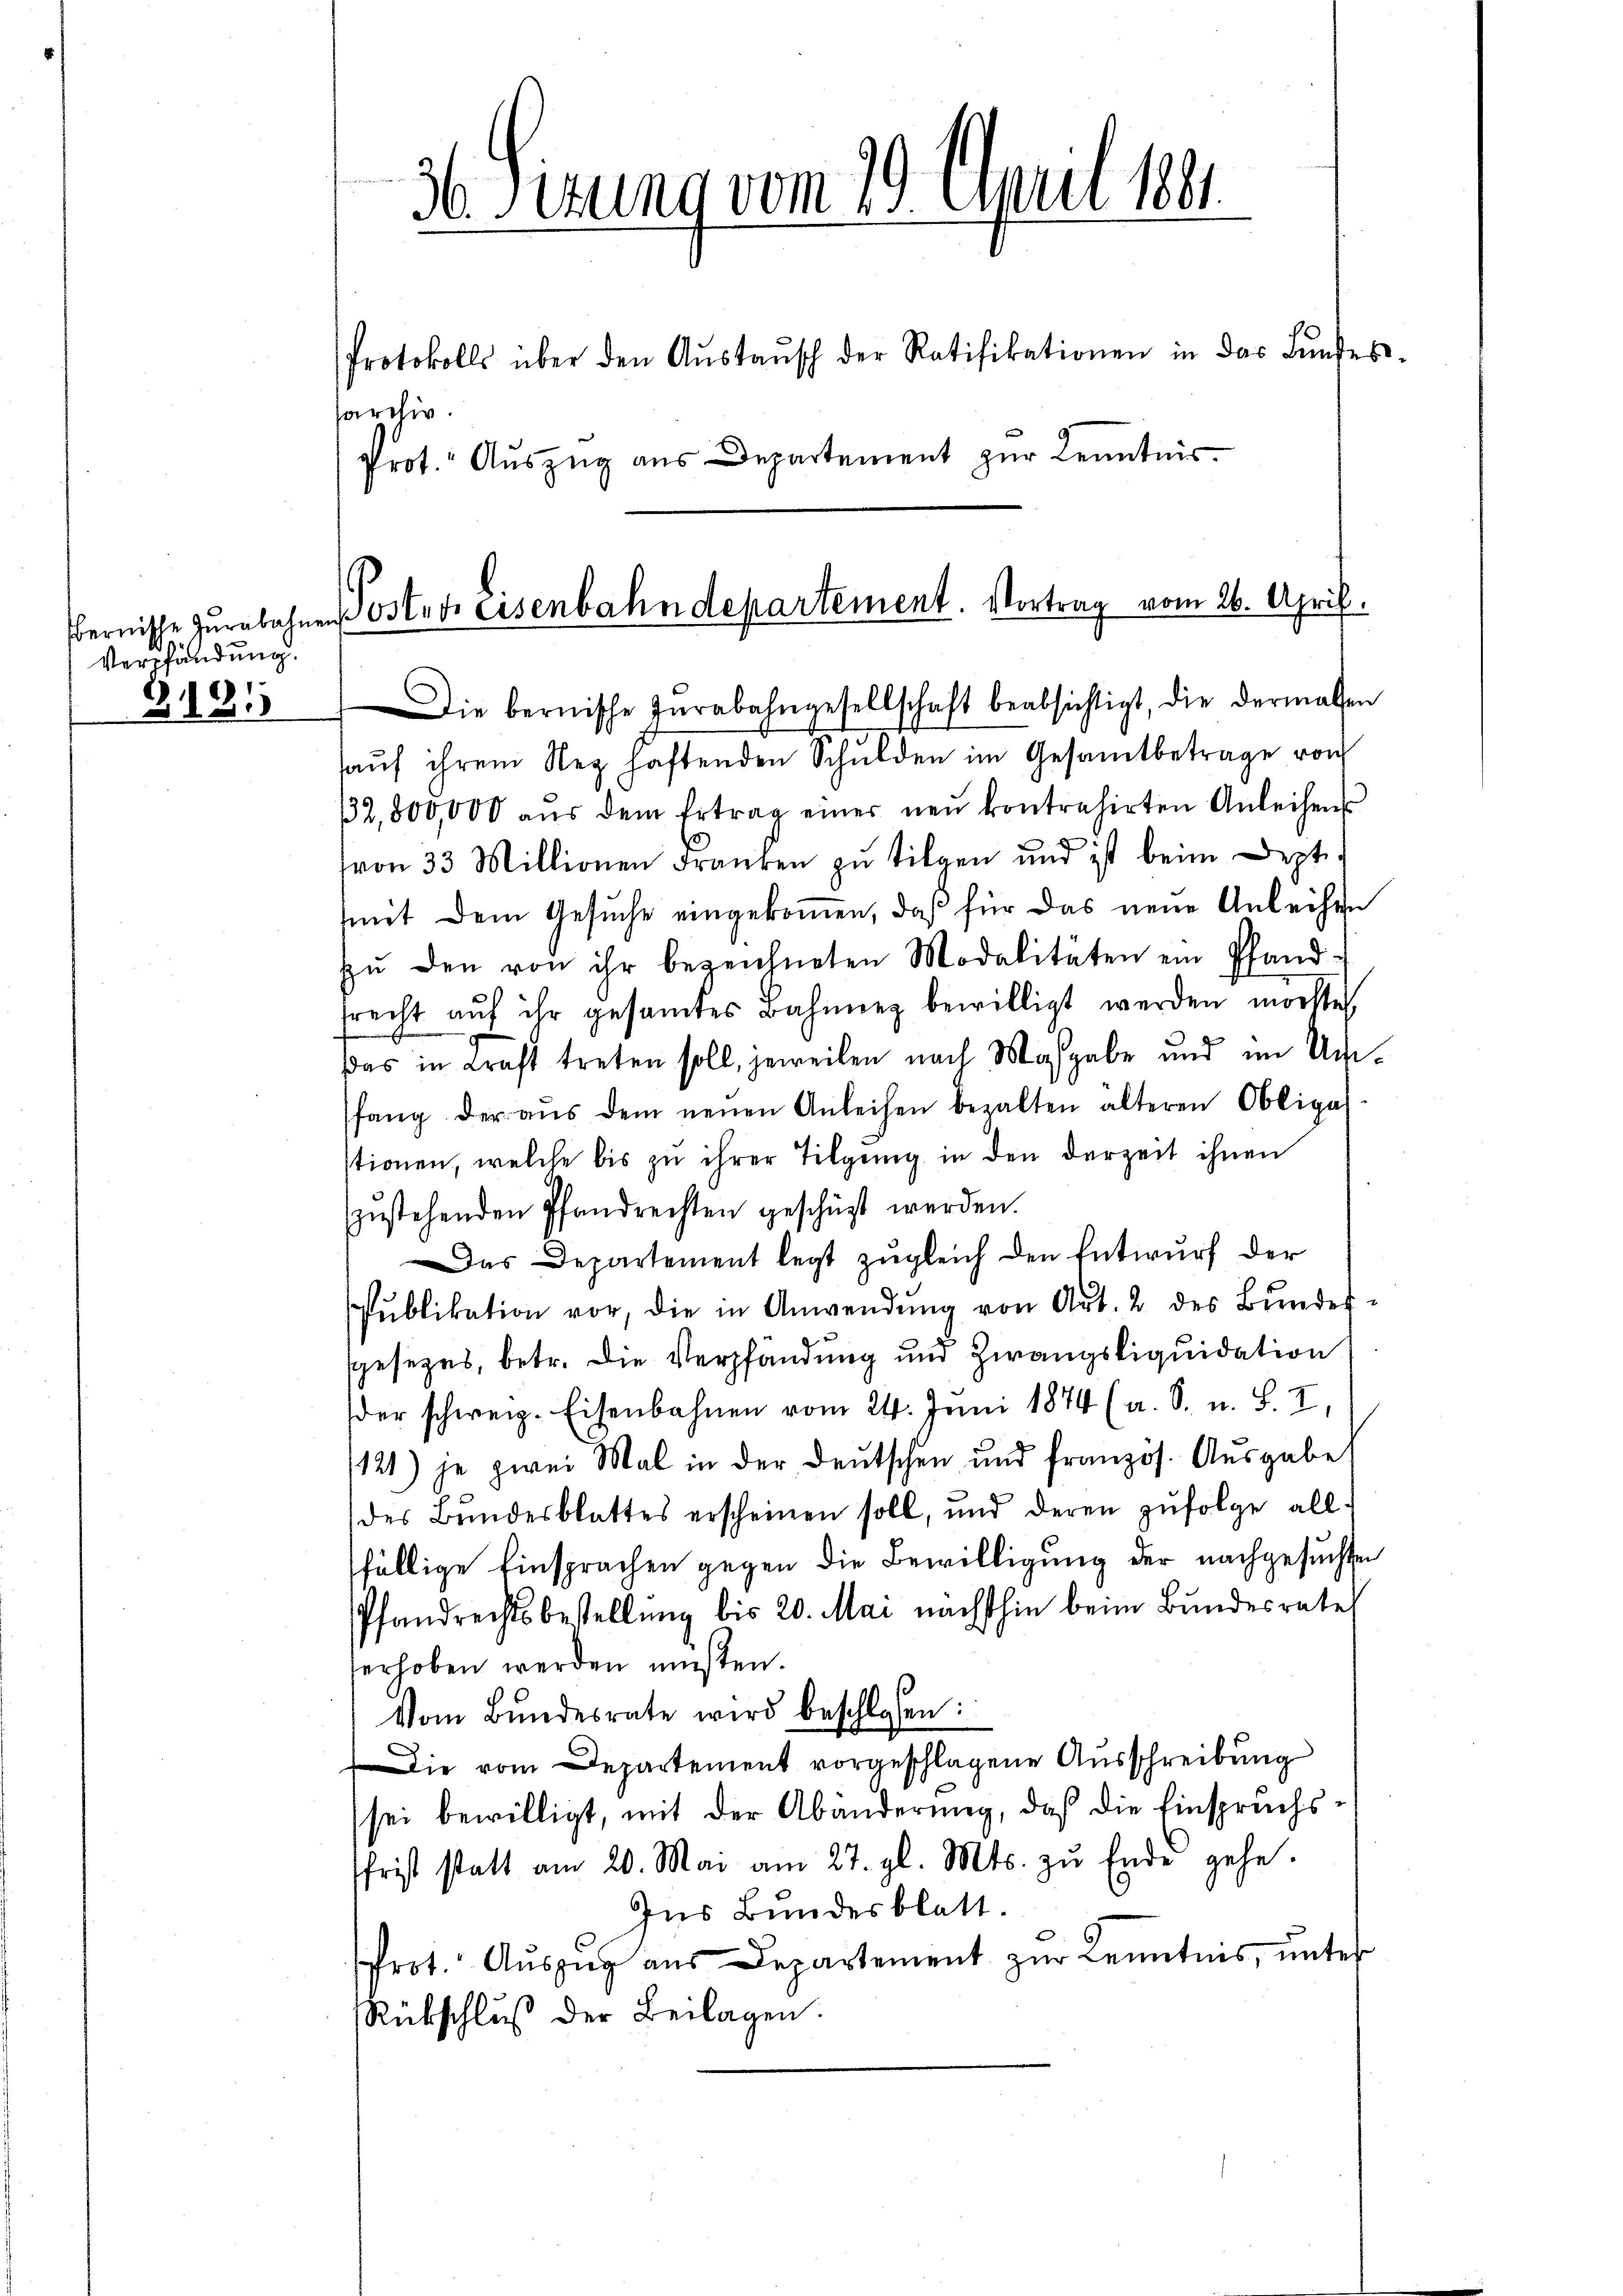
bernische Jurabahne
Verpfändung.
B 181

sarchiv
Prot. Auszug aus Departement zur Kenntnis

36 Sizung vom 29. April 184.

Protokolls über den Aŭstaŭsch der Ratifikationen in das Lŭnfes-

Poster Eisenbahndepartement. Vortrag vom 26. April.

aŭf ihrem Steg haftenden Schulden im Gesamtbetrage von
/32,800,000 aŭs dem Ertrag einer neu kontrahirten Anleihen
von 33 Millionen Franken zu tilgen und ist beim Deptimit dem Gesŭche eingekoṁen, daß für das neue Anleihen
zŭ den von ihr bezeichneten Modalitäten ein Pfand-
srecht aŭf ihr gesamtes Bahnung bewilligt werden möchte,
Das in Kraft treten soll, jeweilen nach Maßgabe und im Umfang der aŭs dem neuen Anleihen bezalten älteren Obligat
stionen, welche bis zu ihrer Tilgung in den derzeit ihnen
zŭstehenden Pfandrechten geschüzt werden.
Das Departement legt zŭgleich den Entwurf der
Pŭblikation vor, die in Anwendŭng von Art. 2 des Bŭndes-
gesezes, betr. die Verpfändung und Zwangsliquidation
der schweiz. Eisenbahnen vom 24. Juni 1874 (a. S. u. S. I,
121) je zwei Mal in der Deutschen und französ. Ausgabe
(des Bŭndesblattes erscheinen soll, und deren zŭfolge allfällige Einsprachen gegen die Bewilligung der nachgesuchten
Pfandrechtsbestellung bis 20. Mai nächsthin beim Bundesrates
erhoben werden müßten.
Vom Bundesrate wird beschlossen:
Die vom Departement vorgeschlagene Ausschreibung
sei bewilligt, mit der Abänderung, daß die Einspruchs
frist statt am 20. Mai am 27. gl. Mts. zŭ Ende gehe.
Ins Bundesblatt.
rot. Aŭszŭg aŭs Departement zŭr Kenntnis, ŭnter
Rübschluß der Beilagen.

Die bernische Inrabahngesellschaft beabsichtigt, die dermassen